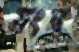
সংস্